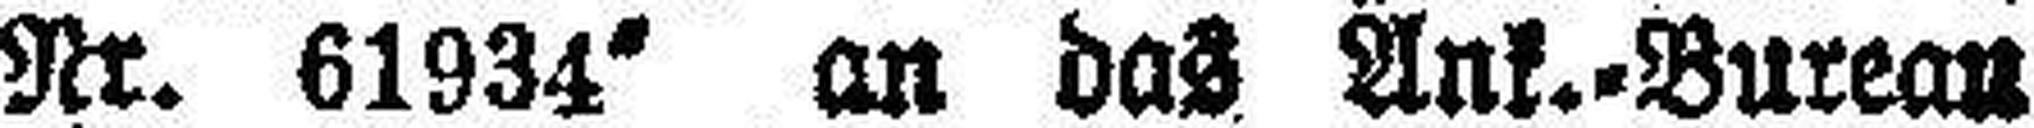
Nr. 61934“ an das Ank.=Bureau